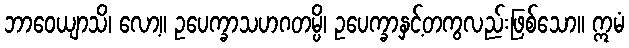
ဘာဝေယျာသိ၊ လော့။ ဥပေက္ခာသဟဂတမ္ပိ၊ ဥပေက္ခာနှင့်တကွလည်းဖြစ်သော။ ဣမံ